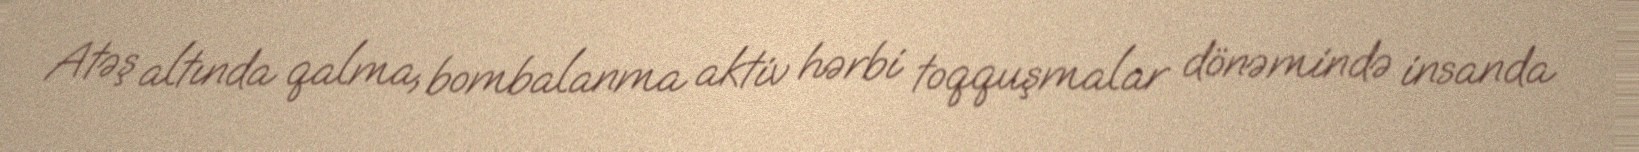
Atəş altında qalma, bombalanma aktiv hərbi toqquşmalar dönəmində insanda